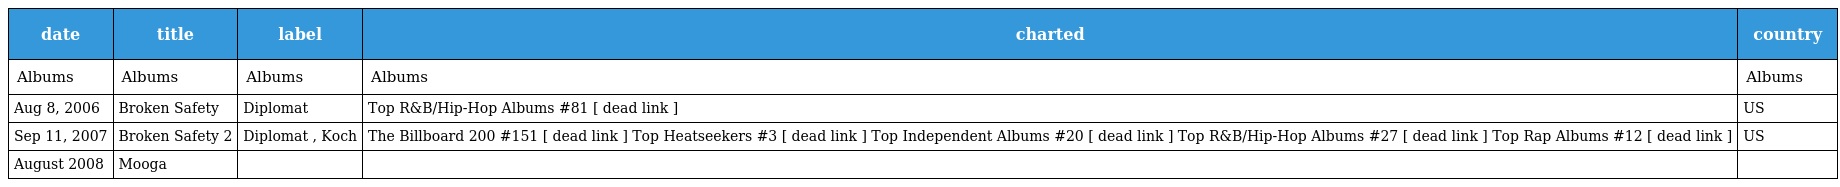
| date | title | label | charted | country |
 | --- | --- | --- | --- | --- |
 | Albums | Albums | Albums | Albums | Albums |
 | Aug 8, 2006 | Broken Safety | Diplomat | Top R&B/Hip-Hop Albums #81 [ dead link ] | US |
 | Sep 11, 2007 | Broken Safety 2 | Diplomat , Koch | The Billboard 200 #151 [ dead link ] Top Heatseekers #3 [ dead link ] Top Independent Albums #20 [ dead link ] Top R&B/Hip-Hop Albums #27 [ dead link ] Top Rap Albums #12 [ dead link ] | US |
 | August 2008 | Mooga |  |  |  |